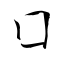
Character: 囗